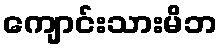
ကျောင်းသားမိဘ